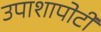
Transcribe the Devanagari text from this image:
उपाशापोटी